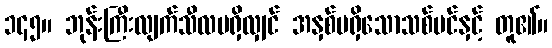
၁၄၅။ ဘုန်းကြီးလျက်သီလမရှိလျှင် အနှစ်မရှိသောသစ်ပင်နှင့် တူ၏။